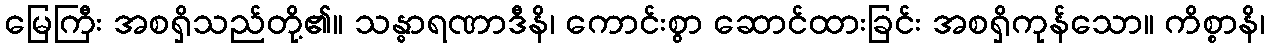
မြေကြီး အစရှိသည်တို့၏။ သန္ဓာရဏာဒီနိ၊ ကောင်းစွာ ဆောင်ထားခြင်း အစရှိကုန်သော။ ကိစ္စာနိ၊